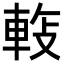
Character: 𬧵